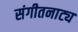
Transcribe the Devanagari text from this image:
संगीतनाट्य